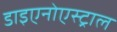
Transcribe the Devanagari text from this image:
डाइएनोएस्ट्राल